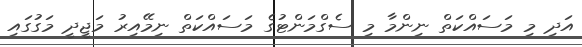
އަދި މި މަސައްކަތް ނިންމާ މި ސެގްމަންޓުގެ މަސައްކަތް ނިމޭއިރު މަޖީދީ މަގުގައި